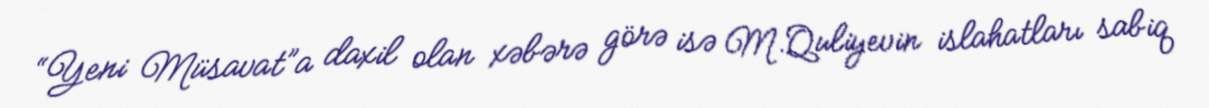
“Yeni Müsavat”a daxil olan xəbərə görə isə M.Quliyevin islahatları sabiq